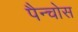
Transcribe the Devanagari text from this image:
पैन्चोस